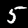
Digit: 5